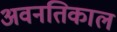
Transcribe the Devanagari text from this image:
अवनतिकाल